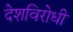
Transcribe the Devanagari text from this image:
देशविरोधी